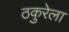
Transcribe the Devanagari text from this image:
ठकुरेला